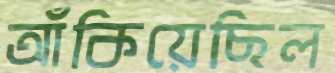
আঁকিয়েছিল